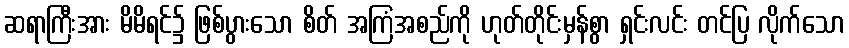
ဆရာကြီးအား မိမိရင်၌ ဖြစ်ပွားသော စိတ် အကြံအစည်ကို ဟုတ်တိုင်းမှန်စွာ ရှင်းလင်း တင်ပြ လိုက်သော